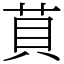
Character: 𦮷